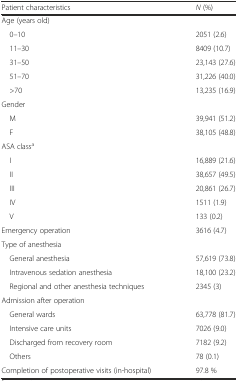
| Patient characteristics | N (%) |
 | --- | --- |
 | <COLSPAN=2> Age (years old) |
 | 0–10 | 2051 (2.6) |
 | 11–30 | 8409 (10.7) |
 | 31–50 | 23,143 (27.6) |
 | 51–70 | 31,226 (40.0) |
 | >70 | 13,235 (16.9) |
 | <COLSPAN=2> Gender |
 | M | 39,941 (51.2) |
 | F | 38,105 (48.8) |
 | <COLSPAN=2> ASA classa |
 | I | 16,889 (21.6) |
 | II | 38,657 (49.5) |
 | III | 20,861 (26.7) |
 | IV | 1511 (1.9) |
 | V | 133 (0.2) |
 | Emergency operation | 3616 (4.7) |
 | <COLSPAN=2> Type of anesthesia |
 | General anesthesia | 57,619 (73.8) |
 | Intravenous sedation anesthesia | 18,100 (23.2) |
 | Regional and other anesthesia techniques | 2345 (3) |
 | <COLSPAN=2> Admission after operation |
 | General wards | 63,778 (81.7) |
 | Intensive care units | 7026 (9.0) |
 | Discharged from recovery room | 7182 (9.2) |
 | Others | 78 (0.1) |
 | Completion of postoperative visits (in-hospital) | 97.8 % |